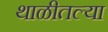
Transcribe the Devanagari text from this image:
थाळीतल्या